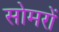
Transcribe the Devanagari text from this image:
सोमरों